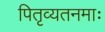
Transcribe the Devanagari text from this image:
पितृव्यतनमाः